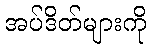
အပ်ဒိတ်များကို